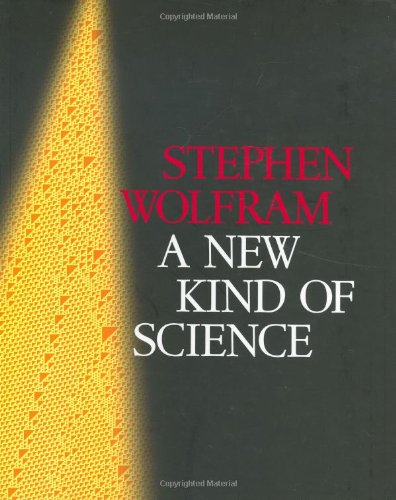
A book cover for A New Kind of Science; Stephen Wolfram; Computers & Technology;